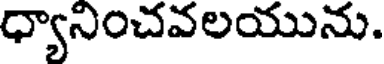
ధ్యానించవలయును.